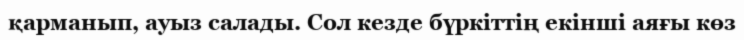
қарманып, ауыз салады. Сол кезде бүркіттің екінші аяғы көз